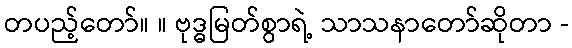
တပည့်တော်။ ။ ဗုဒ္ဓမြတ်စွာရဲ့ သာသနာတော်ဆိုတာ -